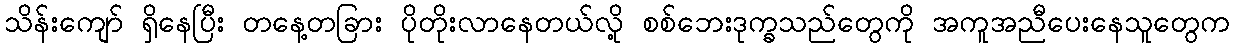
သိန်းကျော် ရှိနေပြီး တနေ့တခြား ပိုတိုးလာနေတယ်လို့ စစ်ဘေးဒုက္ခသည်တွေကို အကူအညီပေးနေသူတွေက